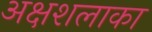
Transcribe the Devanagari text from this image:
अक्षशलाका